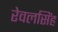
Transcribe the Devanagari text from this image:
रेवलसिंह